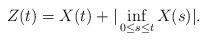
LaTeX: \begin{align*} Z(t) = X(t) + |\inf_{0 \leq s \leq t} X(s) |.\end{align*}